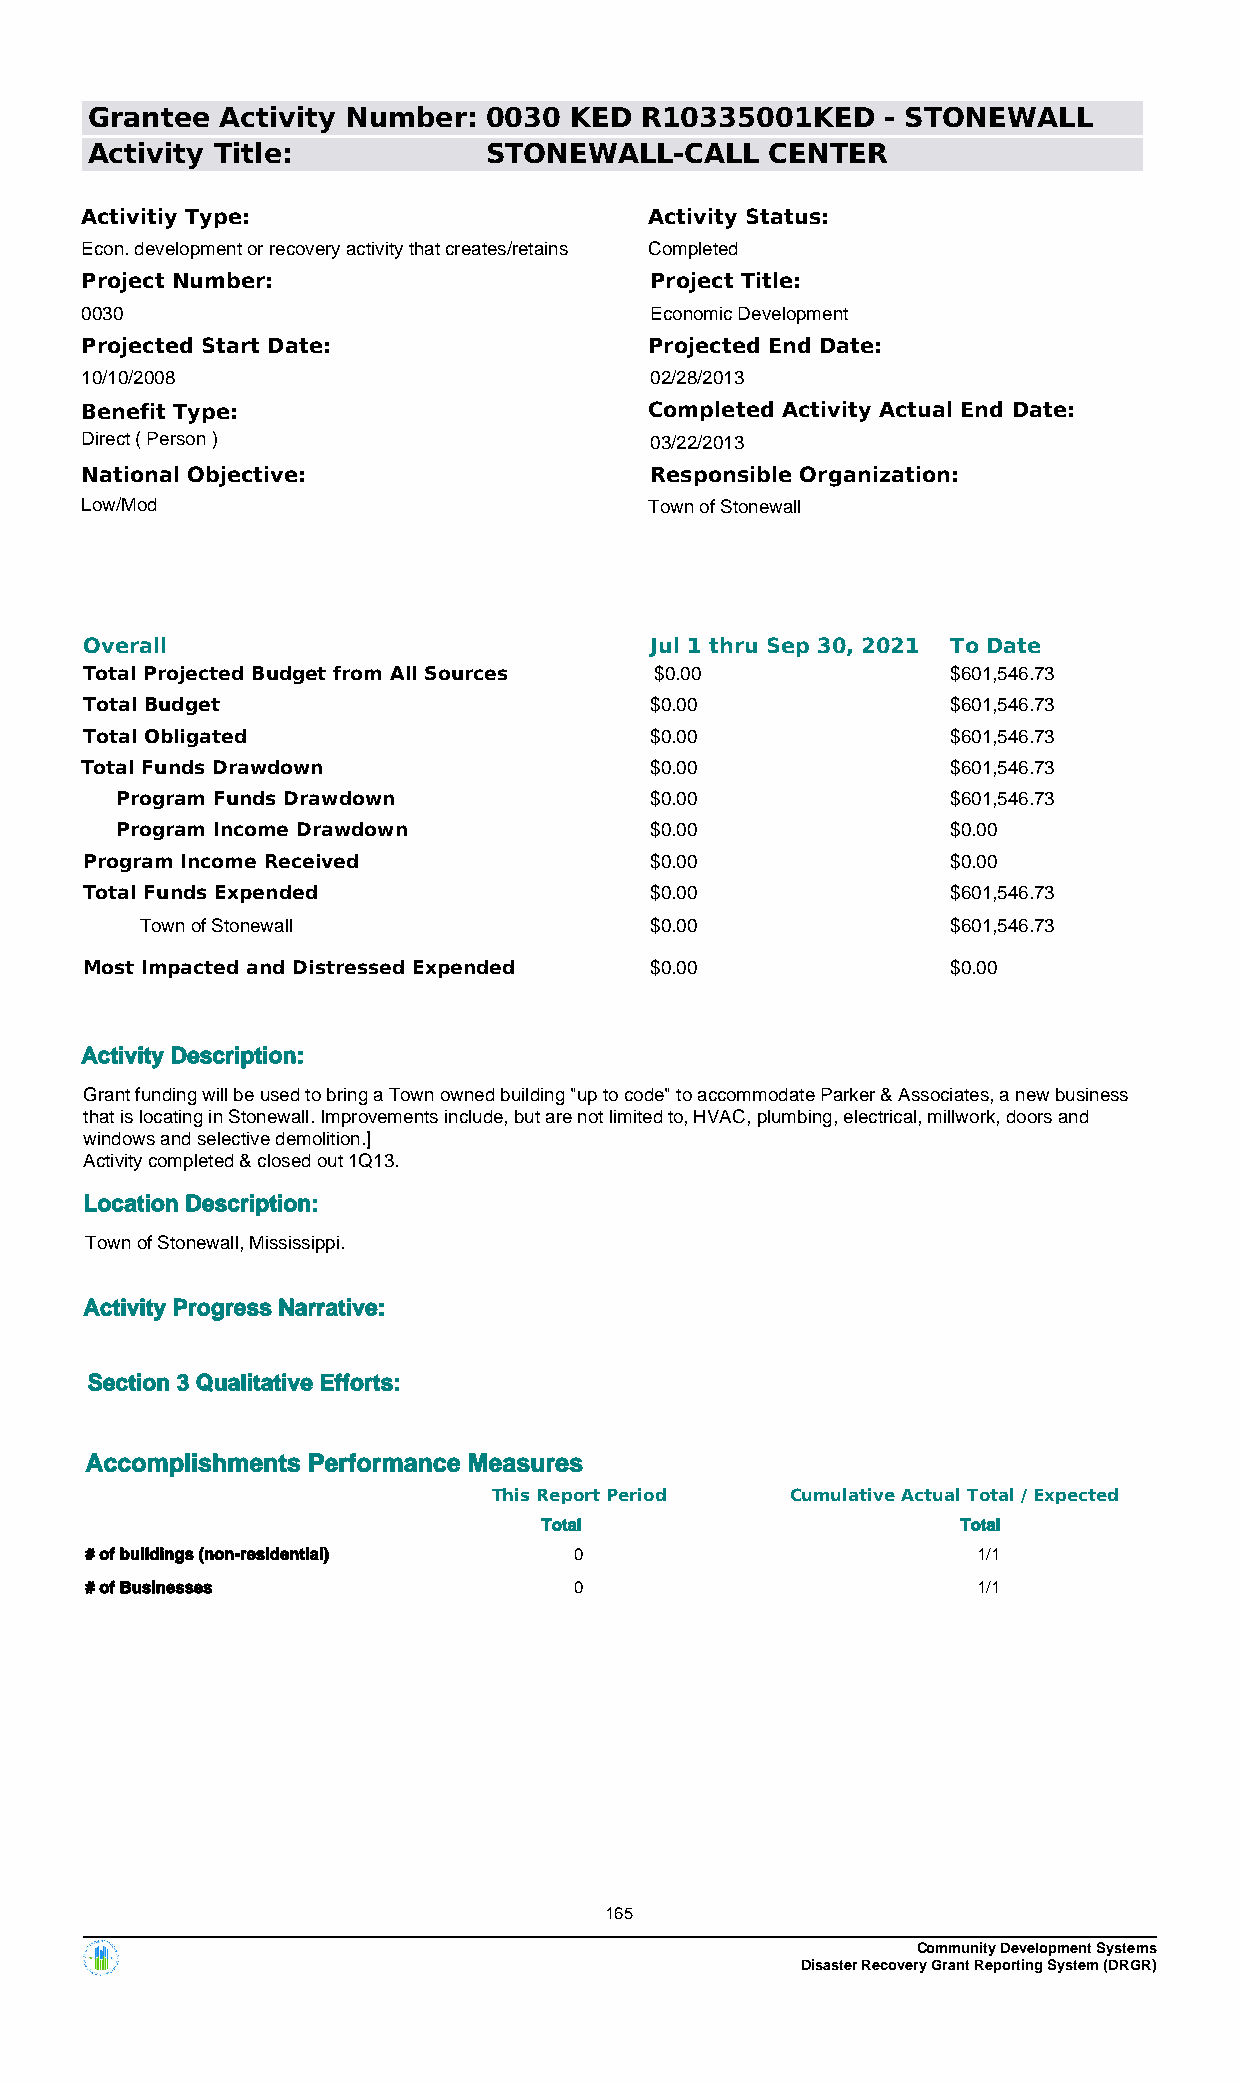
Grantee  Activity Number: 0030  KED R10335001KED     - STONEWALL
 Activity Title:           STONEWALL-CALL     CENTER
 Activitiy Type:                       Activity Status:
 Econ. development or recovery activity that creates/retains Completed
 Project Number:                       Project Title:
 0030                                  Economic Development
 Projected Start Date:                 Projected End Date:
 10/10/2008                            02/28/2013
 Benefit Type:                         Completed Activity Actual End Date:
 Direct ( Person )                     03/22/2013
 National Objective:                   Responsible Organization:
 Low/Mod                               Town of Stonewall
 Overall                              Jul 1 thru Sep 30, 2021 To Date
 Total Projected Budget from All Sources $0.00            $601,546.73
 Total Budget                         $0.00               $601,546.73
 Total Obligated                      $0.00               $601,546.73
 Total Funds Drawdown                  $0.00               $601,546.73
 Program Funds Drawdown             $0.00               $601,546.73
 Program Income Drawdown            $0.00               $0.00
 Program Income Received              $0.00               $0.00
 Total Funds Expended                 $0.00               $601,546.73
 Town of Stonewall                 $0.00               $601,546.73
 Most Impacted and Distressed Expended $0.00              $0.00
 Activity Description:
 Grant funding will be used to bring a Town owned building "up to code" to accommodate Parker & Associates, a new business
 that is locating in Stonewall. Improvements include, but are not limited to, HVAC, plumbing, electrical, millwork, doors and
 windows and selective demolition.]
 Activity completed & closed out 1Q13.
 Location Description:
 Town of Stonewall, Mississippi.
 Activity Progress Narrative:
 Section 3 Qualitative Efforts:
 Accomplishments Performance Measures
 This Report Period Cumulative Actual Total / Expected
 Total                       Total
 # of buildings (non-residential) 0                         1/1
 # of Businesses                 0                          1/1
 165
 Community Development Systems
 Disaster Recovery Grant Reporting System (DRGR)